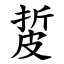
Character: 㿱